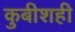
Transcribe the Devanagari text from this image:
कुबीशही